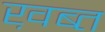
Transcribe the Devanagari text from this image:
ख़ब्त